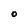
Character: O